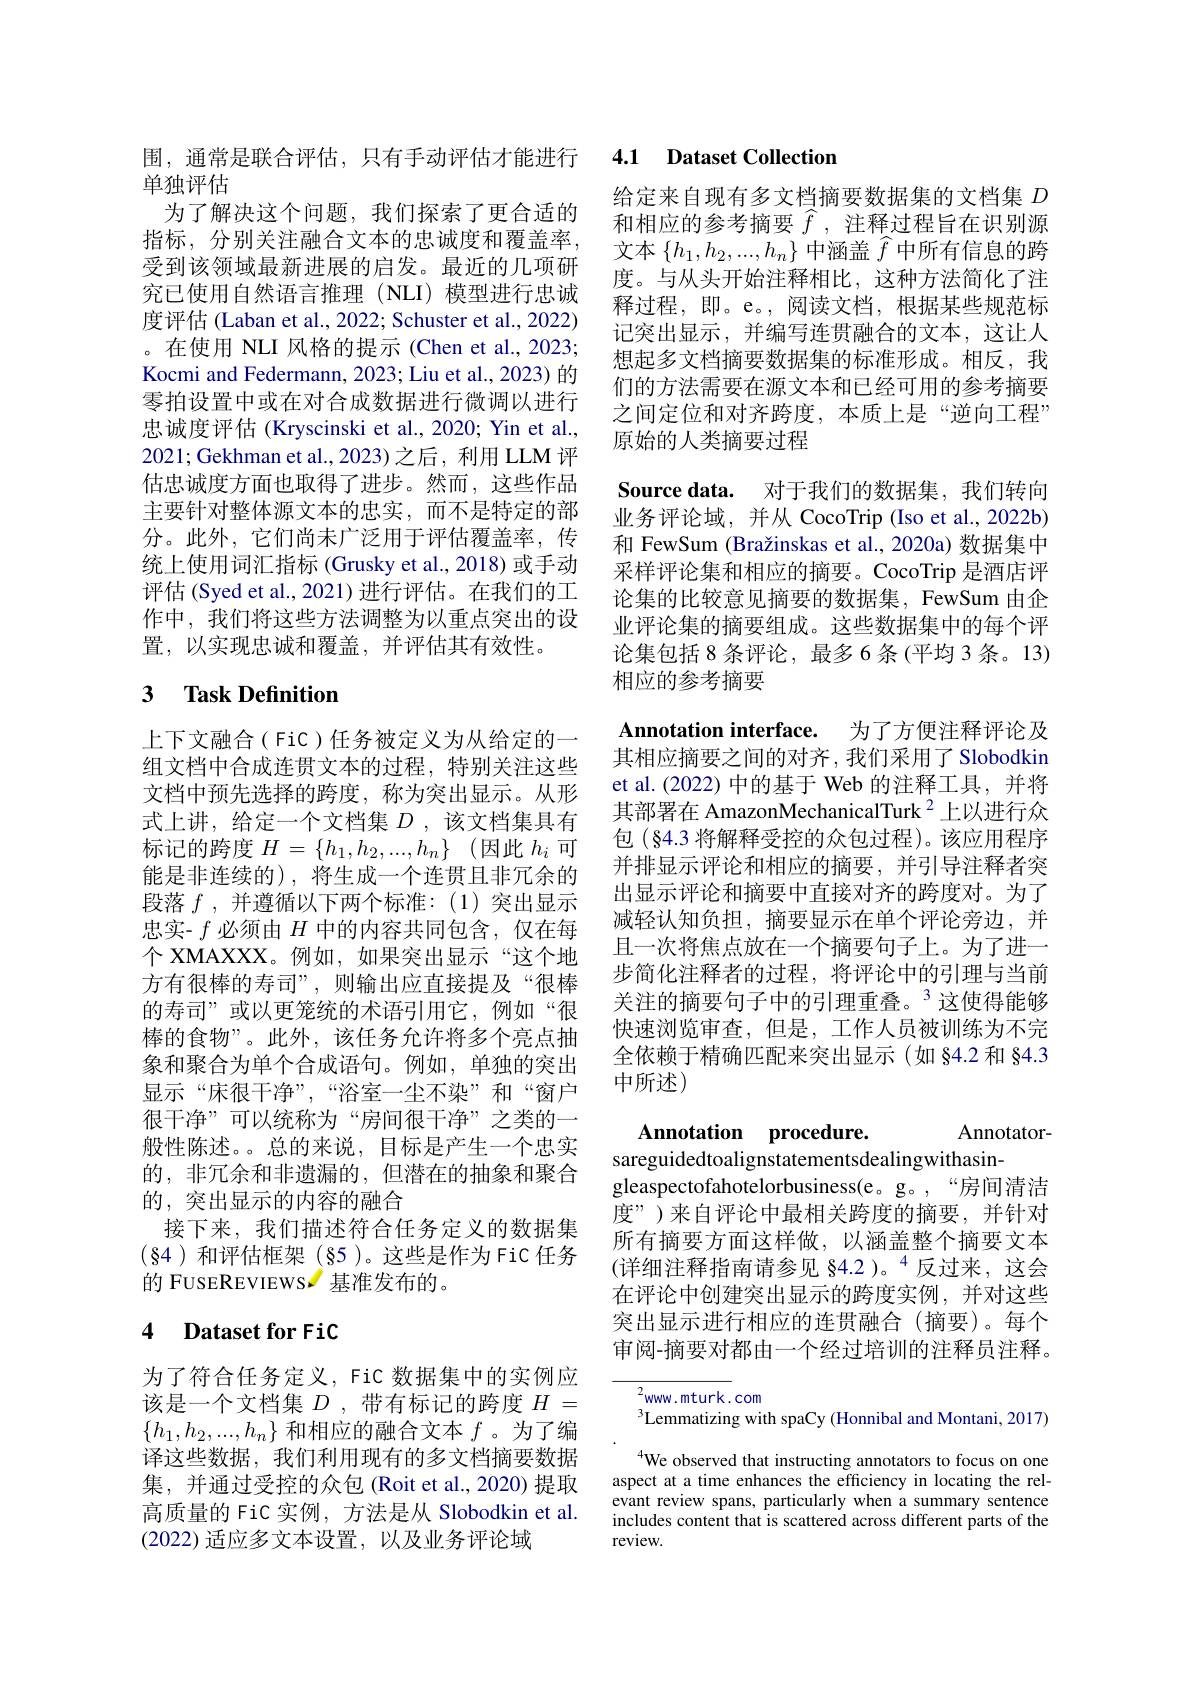
单独评估
为了解决这个问题，我们探索了更合适的指标，分别关注融合文本的忠诚度和覆盖率受到该领域最新进展的启发。最近的几项研究已使用自然语言推理(NLI)模型进行忠诚度评估 (Laban et al., 2022; Schuster et al., 2022) 。在使用 NLI 风格的提示 (Chen et al.,2023; Kocmi and Federmann, 2023; Liu et al., 2023) 的零拍设置中或在对合成数据进行微调以进行忠诚度评估 (Kryscinski et al., 2020; Yin et al., 2021;Gekhman et al.,2023)之后，利用 LLM 评估忠诚度方面也取得了进步。然而，这些作品主要针对整体源文本的忠实，而不是特定的部分。此外，它们尚未广泛用于评估覆盖率，传统上使用词汇指标 (Grusky et al., 2018) 或手动评估(Syed et al., 2021) 进行评估。在我们的工作中，我们将这些方法调整为以重点突出的设置，以实现忠诚和覆盖，并评估其有效性。

# 3 Task Definition

上下文融合( FiC)任务被定义为从给定的一组文档中合成连贯文本的过程，特别关注这些文档中预先选择的跨度，称为突出显示。从形式上讲，给定一个文档集$D$ ,该文档集具有标记的跨度$H= \{ h_1, h_2, . . . , h_n\}$ (因此$h_i$可能是非连续的),将生成一个连贯且非冗余的段落$f$ ,并遵循以下两个标准：(1)突出显示忠实- $f$必须由$H$中的内容共同包含，仅在每个 XMAXXX。例如，如果突出显示“这个地方有很棒的寿司”,则输出应直接提及“很棒的寿司”或以更笼统的术语引用它，例如“很棒的食物”。此外，该任务允许将多个亮点抽象和聚合为单个合成语句。例如，单独的突出显示“床很干净”,“浴室一尘不染”和“窗户很干净”可以统称为“房间很干净”之类的一般性陈述。。总的来说，目标是产生一个忠实的，非冗余和非遗漏的，但潜在的抽象和聚合的，突出显示的内容的融合
接下来，我们描述符合任务定义的数据集$(\S4)和评估框架(§5)。这些是作为FiC任务$ 的 FUSEREVIEWS 基准发布的。

## 4 $\textbf{Dataset for FiC}$

为了符合任务定义，FiC 数据集中的实例应该是一个文档集$D$ ,带有标记的跨度$H=$ $\{h_1,h_2,...,h_n\}$和相应的融合文本$f$ 。为了编译这些数据，我们利用现有的多文档摘要数据集，并通过受控的众包(Roit et al., 2020) 提取高质量的 FiC 实例，方法是从 Slobodkin et al. (2022)适应多文本设置，以及业务评论域

围，通常是联合评估，只有手动评估才能进行 4.1 Dataset Collection

给定来自现有多文档摘要数据集的文档集$D$ 和相应的参考摘要$\widehat{f}$ ,注释过程旨在识别源文本$\{h_1,h_2,...,h_n\}$中涵盖$\widehat{f}$中所有信息的跨度。与从头开始注释相比，这种方法简化了注释过程，即。e。,阅读文档，根据某些规范标记突出显示，并编写连贯融合的文本，这让人想起多文档摘要数据集的标准形成。相反，我们的方法需要在源文本和已经可用的参考摘要之间定位和对齐跨度，本质上是“逆向工程” 原始的人类摘要过程
Source data. 对于我们的数据集，我们转向业务评论域，并从 CocoTrip (Iso et al., 2022b) 和 FewSum (Bražinskas et al., 2020a) 数据集中采样评论集和相应的摘要。CocoTrip 是酒店评论集的比较意见摘要的数据集，FewSum 由企业评论集的摘要组成。这些数据集中的每个评论集包括 8 条评论，最多 6 条 (平均 3 条。13) 相应的参考摘要

Annotation interface. 为了方便注释评论及

其相应摘要之间的对齐，我们采用了 Slobodkin et al.(2022) 中的基于 Web 的注释工具，并将其部署在 AmazonMechanicalTurk $^{2}$上以进行众包(§4.3 将解释受控的众包过程)。该应用程序并排显示评论和相应的摘要，并引导注释者突出显示评论和摘要中直接对齐的跨度对。为了减轻认知负担，摘要显示在单个评论旁边，并且一次将焦点放在一个摘要句子上。为了进一步简化注释者的过程，将评论中的引理与当前关注的摘要句子中的引理重叠。$^{3}$这使得能够快速浏览审查，但是，工作人员被训练为不完全依赖于精确匹配来突出显示(如 §4.2 和 §4.3中所述)

# Annotation procedure.

Annotator-
sareguidedtoalignstatementsdealingwithasin-
gleaspectofahotelorbusiness(e。g。,“房间清洁度”)来自评论中最相关跨度的摘要，并针对所有摘要方面这样做，以涵盖整个摘要文本(详细注释指南请参见 84.2 )。“反过来，这会在评论中创建突出显示的跨度实例，并对这些突出显示进行相应的连贯融合(摘要)。每个审阅-摘要对都由一个经过培训的注释员注释。

$^{2}$www.mturk.com
$^3$Lemmatizing with spaCy (Honnibal and Montani, 2017) $^{4}$We observed that instructing annotators to focus on one
aspect at a time enhances the efficiency in locating the relevant review spans, particularly when a summary sentence includes content that is scattered across different parts of the review.